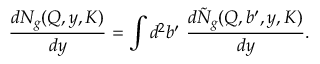
{ \frac { d N _ { g } ( Q , y , K ) } { d y } } = \int d ^ { 2 } b ^ { \prime } \ { \frac { d \tilde { N } _ { g } ( Q , b ^ { \prime } , y , K ) } { d y } } .